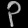
Digit: ၃